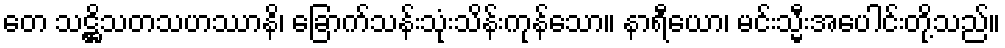
တေ သဋ္ဌိသတသဟဿာနိ၊ ခြောက်သန်းသုံးသိန်းကုန်သော။ နာရီယော၊ မင်းသ္မီးအပေါင်းတို့သည်။